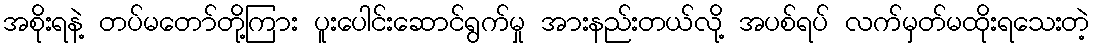
အစိုးရနဲ့ တပ်မတော်တို့ကြား ပူးပေါင်းဆောင်ရွက်မှု အားနည်းတယ်လို့ အပစ်ရပ် လက်မှတ်မထိုးရသေးတဲ့